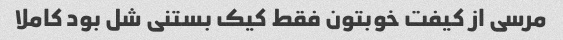
مرسی از کیفت خوبتون فقط کیک بستنی شل بود کاملا